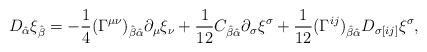
LaTeX: \begin{align*}D_{\hat\alpha} \xi_{\hat\beta}=-{\frac{1}{4}}(\Gamma^{\mu\nu})_{\hat\beta\hat\alpha} \partial_\mu\xi_\nu+{\frac{1}{12}}C_{\hat\beta\hat\alpha} \partial_\sigma\xi^\sigma+{\frac{1}{12}}(\Gamma^{ij})_{\hat\beta\hat\alpha}D_{\sigma[ij]} \xi^{\sigma},\end{align*}